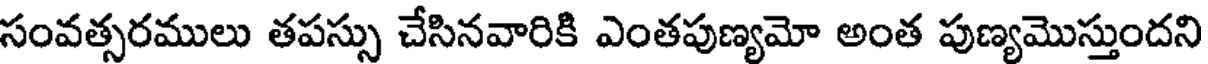
సంవత్సరములు తపస్సు చేసినవారికి ఎంతపుణ్యమో అంత పుణ్యమొస్తుందని